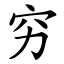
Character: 穷